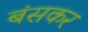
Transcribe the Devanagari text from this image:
बंसकर